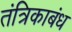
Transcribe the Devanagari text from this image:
तंत्रिकाबंध